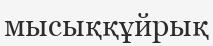
мысыққұйрық